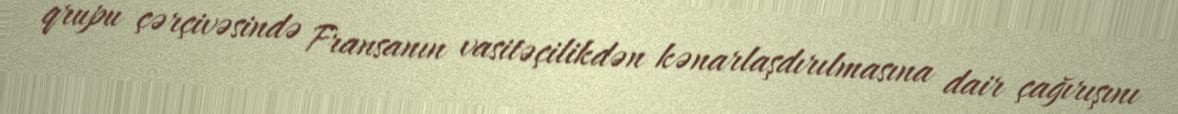
qrupu çərçivəsində Fransanın vasitəçilikdən kənarlaşdırılmasına dair çağırışını